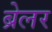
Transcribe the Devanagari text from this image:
ब्रेलर